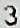
3